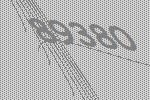
89380